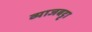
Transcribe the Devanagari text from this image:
व्याजबट्टा